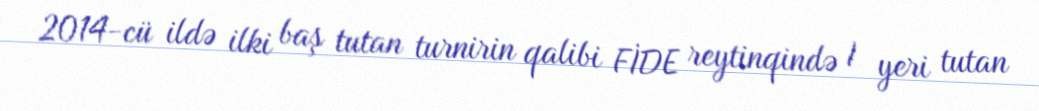
2014-cü ildə ilki baş tutan turnirin qalibi FİDE reytinqində I yeri tutan